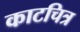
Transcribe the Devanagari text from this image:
काटचित्र